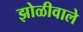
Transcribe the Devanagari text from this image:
झोळीवाले